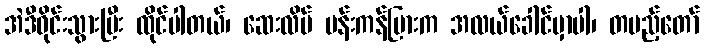
အဲဒီဝိုင်းသွားပြီး ထိုင်ပါတယ်၊ ဆေးလိပ် ပန်းကန်ပြားက အလယ်ခေါင်မှာပါ၊ တပည့်တော်